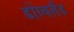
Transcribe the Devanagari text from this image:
डोय्चलैंड